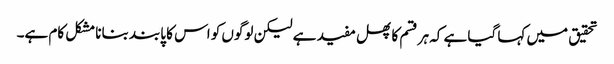
تحقیق میں کہا گیا ہے کہ ہر قسم کا پھل مفید ہے لیکن لوگوں کو اس کا پابند بنانا مشکل کام ہے۔